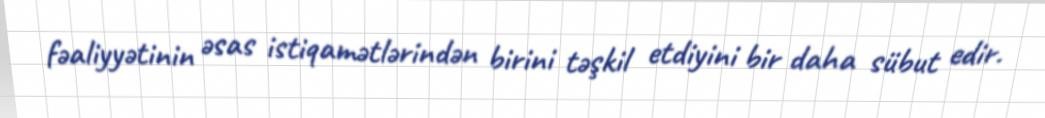
fəaliyyətinin əsas istiqamətlərindən birini təşkil etdiyini bir daha sübut edir.